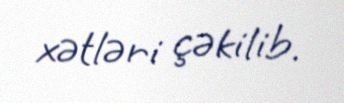
xətləri çəkilib.